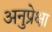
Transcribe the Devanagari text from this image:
अनुप्रेक्षा